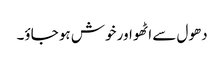
دھول سے اٹھو اور خوش ہو جاؤ۔